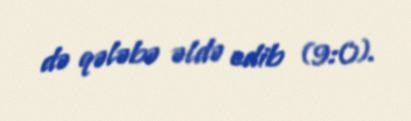
də qələbə əldə edib (9:0).